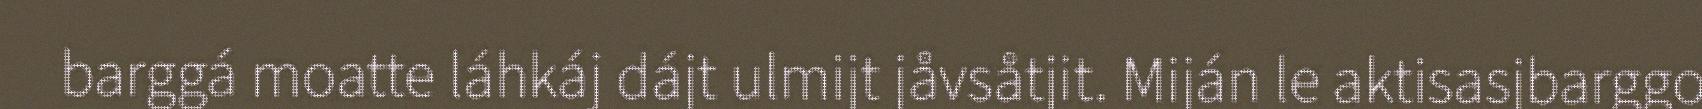
barggá moatte láhkáj dájt ulmijt jåvsåtjit. Miján le aktisasjbarggo